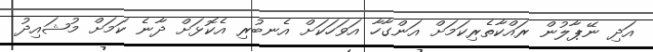
އަދި ނޭޕާލުން ރައްކާތެރިކަމަށް އަންގާހާ އަވަހަކަށް އެނބުރި އެކޮޅަށް ދާނެ ކަމަށް މުޝައިދު